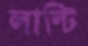
লান্টি